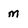
Character: M